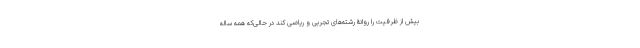
بیش از ظرفیت را روانۀ رشته‌های تجربی و ریاضی کند در حالی‌که همه ساله